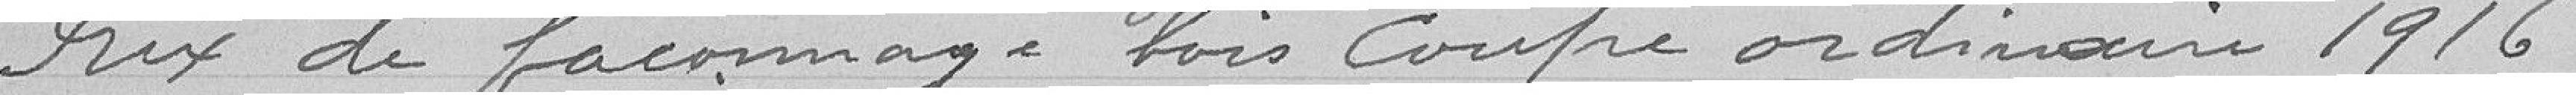
Prix de façonnage bois coupe ordinaire 1916